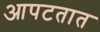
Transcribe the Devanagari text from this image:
आपटतात